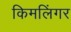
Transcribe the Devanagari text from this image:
किमलिंगर